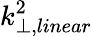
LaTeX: k_{\perp,linear}^{2}